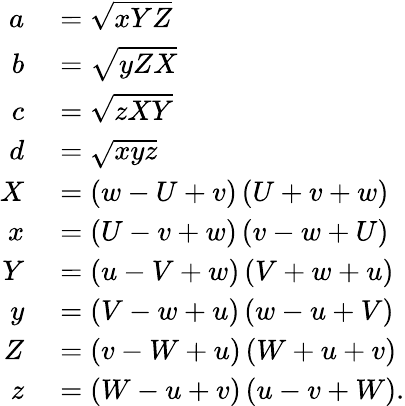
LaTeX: \begin{array}{rl}{a}&{{}={\sqrt{xYZ}}}\\ {b}&{{}={\sqrt{yZX}}}\\ {c}&{{}={\sqrt{zXY}}}\\ {d}&{{}={\sqrt{xyz}}}\\ {X}&{{}=(w-U+v)\, (U+v+w)}\\ {x}&{{}=(U-v+w)\, (v-w+U)}\\ {Y}&{{}=(u-V+w)\, (V+w+u)}\\ {y}&{{}=(V-w+u)\, (w-u+V)}\\ {Z}&{{}=(v-W+u)\, (W+u+v)}\\ {z}&{{}=(W-u+v)\, (u-v+W).}\end{array}